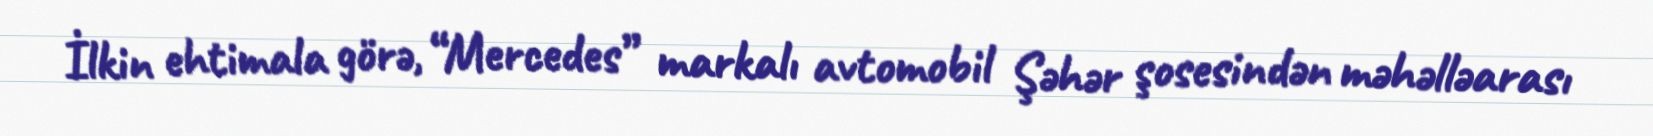
İlkin ehtimala görə, “Mercedes” markalı avtomobil Şəhər şosesindən məhəlləarası